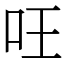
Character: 㕵